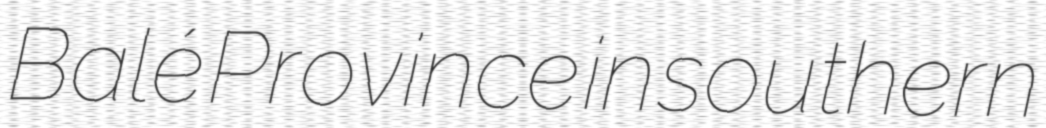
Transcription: Balé Province in southern